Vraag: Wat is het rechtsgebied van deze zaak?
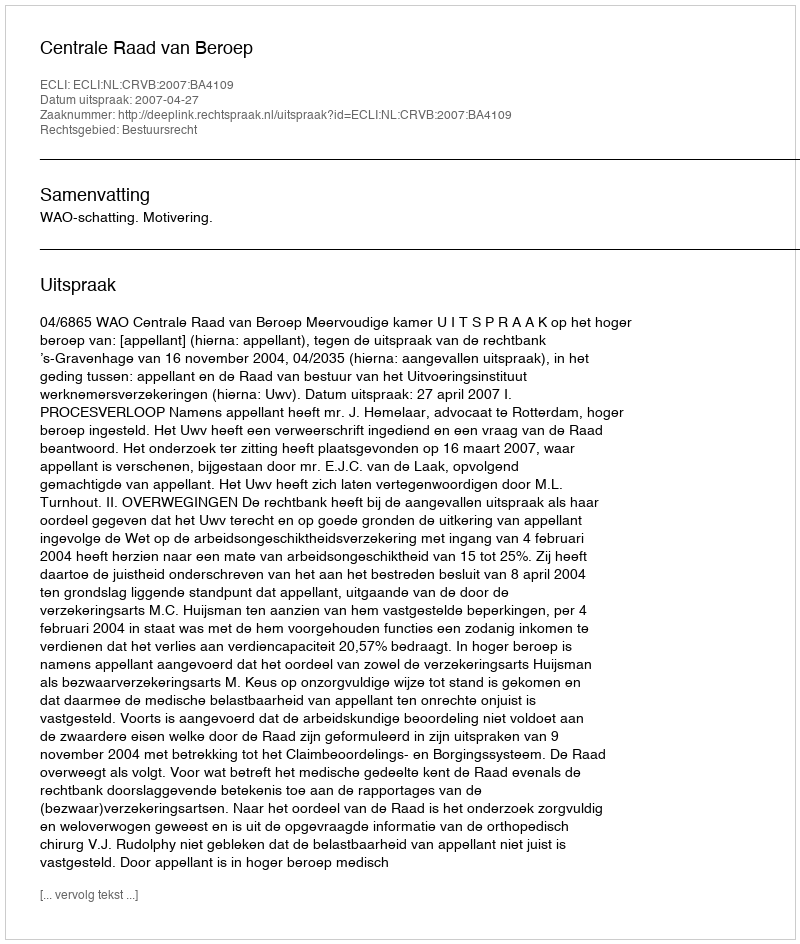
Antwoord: Bestuursrecht